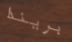
بريندا